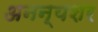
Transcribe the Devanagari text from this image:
अनन्यशर